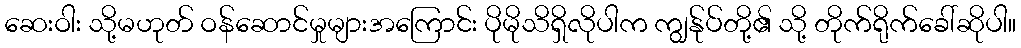
ဆေးဝါး သို့မဟုတ် ဝန်ဆောင်မှုများအကြောင်း ပိုမိုသိရှိလိုပါက ကျွန်ုပ်တို့၏ သို့ တိုက်ရိုက်ခေါ်ဆိုပါ။